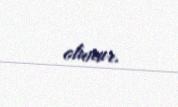
olunur.